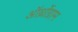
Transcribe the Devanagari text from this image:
ऑर्थ्रोग्राम